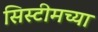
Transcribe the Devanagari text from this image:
सिस्टीमच्या